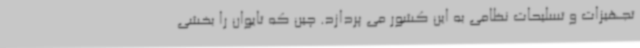
تجهیزات و تسلیحات نظامی به این کشور می پردازد. چین که تایوان را بخشی